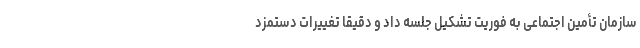
سازمان تأمین اجتماعی به فوریت تشکیل جلسه داد و دقیقاً تغییرات دستمزد